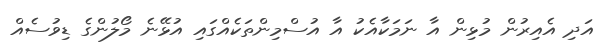
އަދި އެއިރުން މުޅިން އާ ނަމަކާއެކު އާ އުސްމިންތަކެއްގައި އުޅޭނެ މޯލުންގެ ޑިވުސެއް